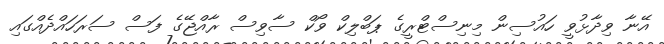
އޭނާ ވިދާޅުވީ ހައުސިން މިނިސްޓްރީގެ ޕަބްލިކް ވޯކް ސާވިސް ރާއްޖޭގެ ފަސް ސަރަހައްދެއްގައި